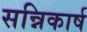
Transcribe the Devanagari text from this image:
सन्निकार्ष